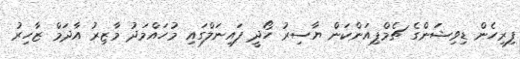
ފިރިހެން ޑިވިޝަންގެ ޗެމްޕިއަންކަން ޔާސިރު ހޯދީ ފައިނަލްގައި މުހައްމަދު މާޒިރު އާދަމް ޒާހިރު